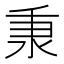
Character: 𬼌